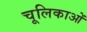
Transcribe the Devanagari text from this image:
चूलिकाओं